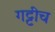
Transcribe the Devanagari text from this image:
गट्टीच